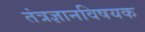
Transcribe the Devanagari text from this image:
तंत्रज्ञानविषयक